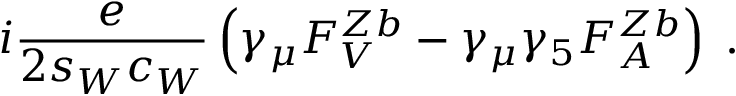
i \frac { e } { 2 s _ { W } c _ { W } } \left( \gamma _ { \mu } F _ { V } ^ { Z b } - \gamma _ { \mu } \gamma _ { 5 } F _ { A } ^ { Z b } \right) \; .